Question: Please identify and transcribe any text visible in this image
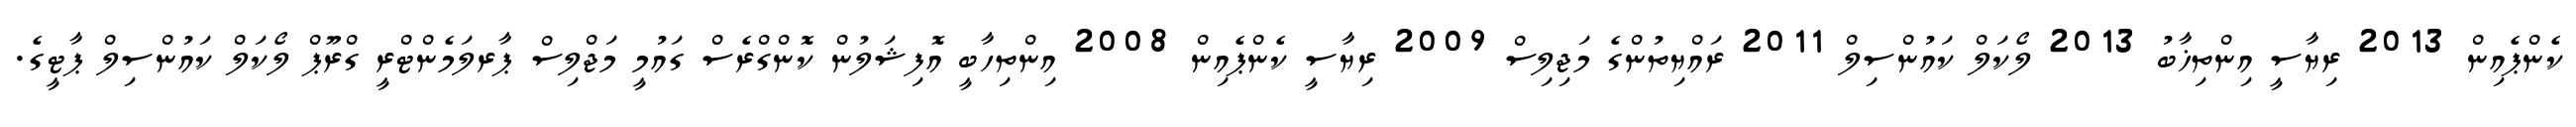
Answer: ކެންޕެއިން 2013 ރިޔާސީ އިންތިޚާބު 2013 ލޯކަލް ކައުންސިލް 2011 ރައްޔިތުންގެ މަޖިލިސް 2009 ރިޔާސީ ކެންޕެއިން 2008 އިންތިހާބީ އޮފިޝަލުން ކޮންގްރެސް ގައުމީ މަޖްލިސް ޕާރލަމެންޓްރީ ގްރޫޕް ލޯކަލް ކައުންސިލް ޕާޓީގެ.